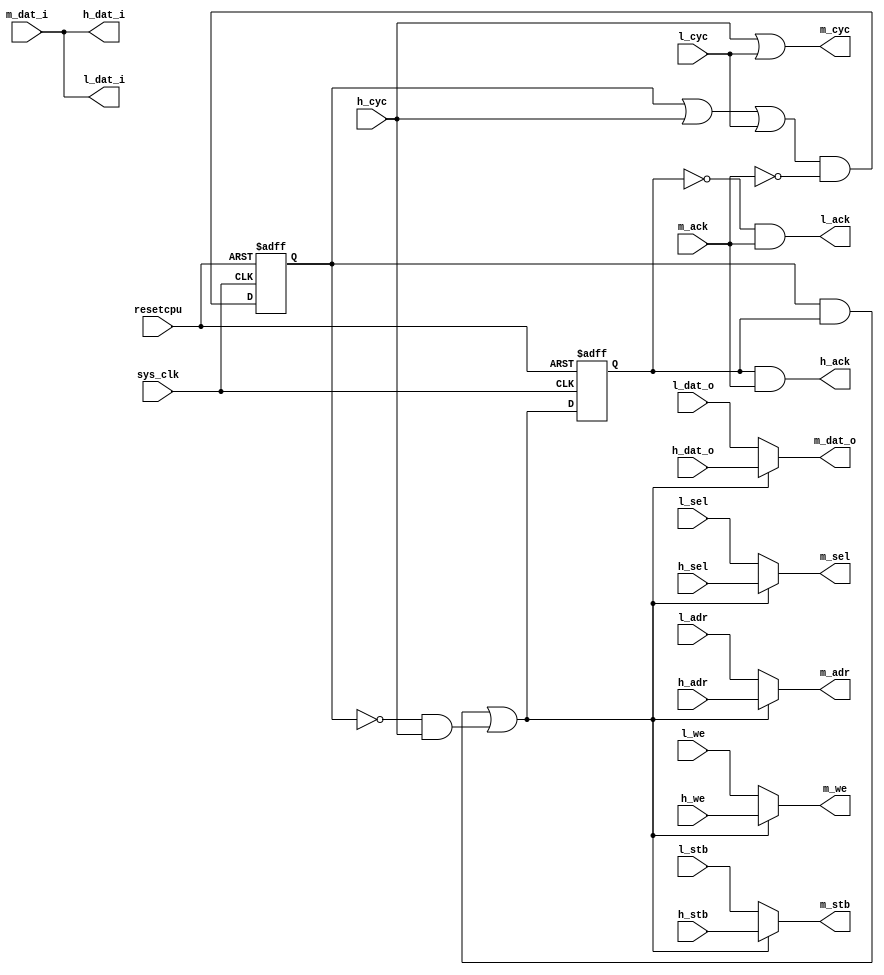
module wb_mux (sys_clk,
               resetcpu,
               
               // High priority bus
               h_cyc,
               h_stb,
               h_we,
               h_sel,
               h_ack,
               h_adr,
               h_dat_o,
               h_dat_i,

               // Low priority bus
               l_cyc,
               l_stb,
               l_we,
               l_sel,
               l_ack,
               l_adr,
               l_dat_o,
               l_dat_i,

               // Muxed bus
               m_cyc,
               m_stb,
               m_we,
               m_sel,
               m_ack,
               m_adr,
               m_dat_o,
               m_dat_i

);

input          sys_clk;
input          resetcpu;

input          h_cyc;
input          h_stb;
input          h_we;
input    [3:0] h_sel;
input   [31:0] h_adr;
input   [31:0] h_dat_o; // An input, but matches name of LM32 interface
output  [31:0] h_dat_i; // An output, but matches name of LM32 interface
output         h_ack;

input          l_cyc;
input          l_stb;
input          l_we;
input    [3:0] l_sel;
input   [31:0] l_adr;
input   [31:0] l_dat_o; // An input, but matches name of LM32 interface
output  [31:0] l_dat_i; // An output, but matches name of LM32 interface
output         l_ack;

output         m_cyc;
output         m_stb;
output         m_we;
output   [3:0] m_sel;
output  [31:0] m_adr;
output  [31:0] m_dat_o;
input   [31:0] m_dat_i;
input          m_ack;

reg            active;
reg            h_owns_bus_reg;

// Select high priority bus, if bus inactive and high priority bus
// requesting, or (when active), it is the selected bus.
wire   sel_h         = (h_cyc & ~active) | (h_owns_bus_reg & active);

// Mux the outputs from the two busses
assign m_cyc         = h_cyc | l_cyc;
assign m_stb         = sel_h ? h_stb   : l_stb;
assign m_we          = sel_h ? h_we    : l_we;
assign m_sel         = sel_h ? h_sel   : l_sel;
assign m_adr         = sel_h ? h_adr   : l_adr;
assign m_dat_o       = sel_h ? h_dat_o : l_dat_o;

// Route read data back to sources (regardless of bus selection)
assign h_dat_i       = m_dat_i;
assign l_dat_i       = m_dat_i;

// Route ACK back to selected bus.
// Using h_owns_bus_reg assumes there can be no ACK earlier than the 
// next cycle. If ACK can be in the same cycle as assertion of m_cyc,
// then sel_h should be used, but this has slow timing and could, potentially,
// create a timing loop, as ack would then be dependant on <x>_cyc.
assign h_ack         =  h_owns_bus_reg & m_ack;
assign l_ack         = ~h_owns_bus_reg & m_ack;

always @(posedge sys_clk  or posedge resetcpu)
begin
  if (resetcpu == 1'b1)
  begin
    active          <= 1'b0;
    h_owns_bus_reg  <= 1'b0;
  end
  else
  begin
    // Go active (and hold) if either bus requesting, clearing state on the returned ACK
    active          <= (active | h_cyc | l_cyc) & ~m_ack;
    
    // Flag high priority bus ownership, and hold, or if that bus requesting and inactive.
    h_owns_bus_reg  <= (active & h_owns_bus_reg) | (~active & h_cyc);
  end
end

endmodule